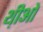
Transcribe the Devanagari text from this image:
थ़ीओ